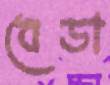
বেডা